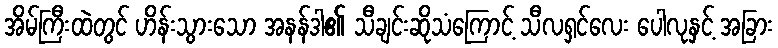
အိမ်ကြီးထဲတွင် ဟိန်းသွားသော အနန်ဒါ၏ သီချင်းဆိုသံကြောင့် သီလရှင်လေး ပေါလုနှင့် အခြား